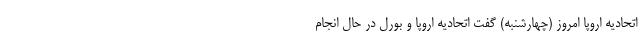
اتحادیه اروپا امروز (چهارشنبه) گفت اتحادیه اروپا و بورل در حال انجام